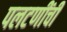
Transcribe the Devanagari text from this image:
पलटणींची